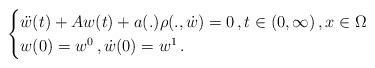
LaTeX: \begin{align*}\begin{cases} \ddot{ w}(t) + Aw (t) + a(.) \rho(., \dot w)=0\,,t\in (0,\infty)\,, x \in \Omega \\w(0)=w^0 \,, \dot w (0)=w^1 \,.\end{cases}\end{align*}